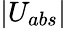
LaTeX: |U_{abs}|